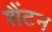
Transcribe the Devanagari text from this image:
शैंटन